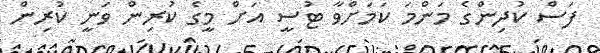
ފަސް ކުދިންގެ މަންމަ ކަމަށްވާ ޓުސީ އަށް މީގެ ކުރިން ވަނީ ކުރިން